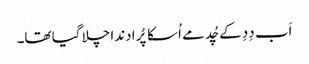
اَب دِدِ کے چُد مے اُسکا پُرا دندا چلا گیا تھا۔